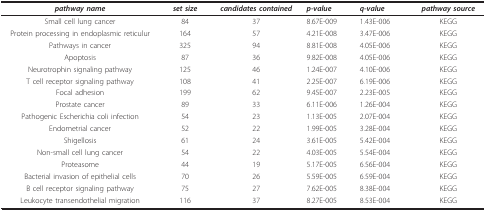
| pathway name | set size | candidates contained | p-value | q-value | pathway source |
 | --- | --- | --- | --- | --- | --- |
 | Small cell lung cancer | 84 | 37 | 8.67E-009 | 1.43E-006 | KEGG |
 | Protein processing in endoplasmic reticulur | 164 | 57 | 4.21E-008 | 3.47E-006 | KEGG |
 | Pathways in cancer | 325 | 94 | 8.81E-008 | 4.05E-006 | KEGG |
 | Apoptosis | 87 | 36 | 9.82E-008 | 4.05E-006 | KEGG |
 | Neurotrophin signaling pathway | 125 | 46 | 1.24E-007 | 4.10E-006 | KEGG |
 | T cell receptor signaling pathway | 108 | 41 | 2.25E-007 | 6.19E-006 | KEGG |
 | Focal adhesion | 199 | 62 | 9.45E-007 | 2.23E-005 | KEGG |
 | Prostate cancer | 89 | 33 | 6.11E-006 | 1.26E-004 | KEGG |
 | Pathogenic Escherichia coli infection | 54 | 23 | 1.13E-005 | 2.07E-004 | KEGG |
 | Endometrial cancer | 52 | 22 | 1.99E-005 | 3.28E-004 | KEGG |
 | Shigellosis | 61 | 24 | 3.61E-005 | 5.42E-004 | KEGG |
 | Non-small cell lung cancer | 54 | 22 | 4.03E-005 | 5.54E-004 | KEGG |
 | Proteasome | 44 | 19 | 5.17E-005 | 6.56E-004 | KEGG |
 | Bacterial invasion of epithelial cells | 70 | 26 | 5.59E-005 | 6.59E-004 | KEGG |
 | B cell receptor signaling pathway | 75 | 27 | 7.62E-005 | 8.38E-004 | KEGG |
 | Leukocyte transendothelial migration | 116 | 37 | 8.27E-005 | 8.53E-004 | KEGG |